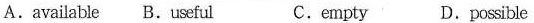
A.available B.useful C.empty D.possible